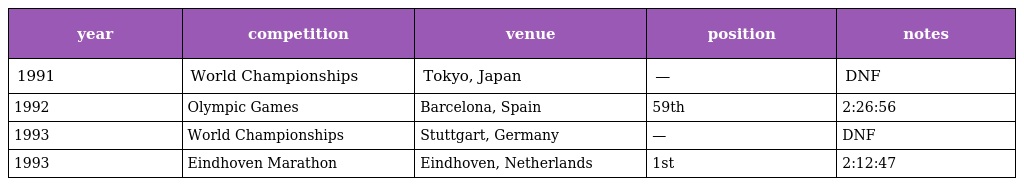
| year | competition | venue | position | notes |
 | --- | --- | --- | --- | --- |
 | 1991 | World Championships | Tokyo, Japan | — | DNF |
 | 1992 | Olympic Games | Barcelona, Spain | 59th | 2:26:56 |
 | 1993 | World Championships | Stuttgart, Germany | — | DNF |
 | 1993 | Eindhoven Marathon | Eindhoven, Netherlands | 1st | 2:12:47 |